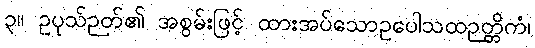
၃။ ဥပုသ်ဉတ်၏ အစွမ်းဖြင့် ထားအပ်သောဥပေါသထဉတ္တိကံ၊